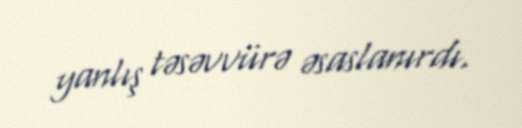
yanlış təsəvvürə əsaslanırdı.